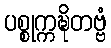
ပစ္စုက္ကဍ္ဎိတဗ္ဗံ